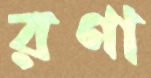
রণা